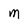
Character: M